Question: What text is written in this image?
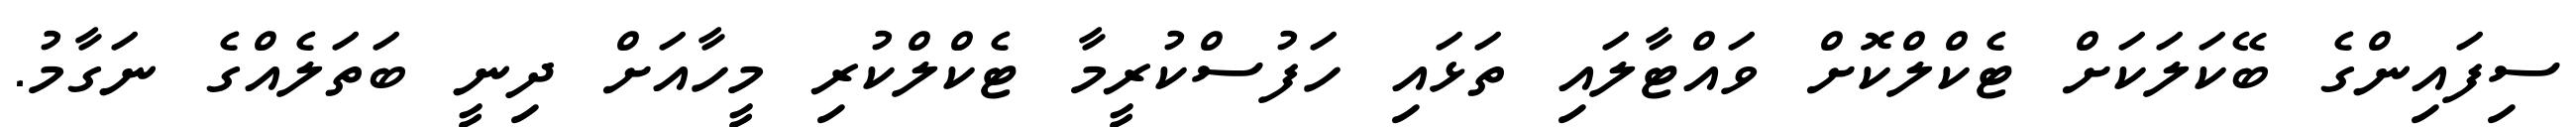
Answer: ސިފައިންގެ ބޭކަލަކަށް ޓެކްލްކޮށް ވައްޓާލައި ތަޅައި ހަފުސްކުރީމާ ޓެކްލްކުރި މީހާއަށް ދިނީ ބަތަލެއްގެ ނަގާމު.